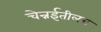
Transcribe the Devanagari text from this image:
चेन्नईतीलच